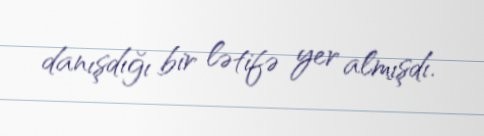
danışdığı bir lətifə yer almışdı.